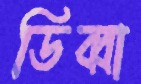
ডিব্বা